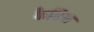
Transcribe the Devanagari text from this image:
कैडिस